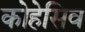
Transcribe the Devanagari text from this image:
कोहेसिव